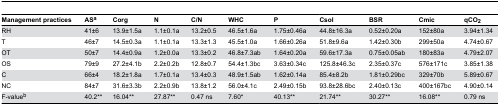
<table><thead><tr><td><b>Management practices</b></td><td><b>AS<sup>a</sup></b></td><td><b>Corg </b></td><td><b>N</b></td><td><b>C/N</b></td><td><b>WHC</b></td><td><b>P </b></td><td><b>Csol</b></td><td><b>BSR</b></td><td><b>Cmic </b></td><td><b>qCO<sub>2</sub></b></td></tr></thead><tbody><tr><td>RH</td><td>41±6</td><td>13.9±1.5a</td><td>1.1±0.1a</td><td>13.2±0.5</td><td>46.5±1.6a</td><td>1.75±0.46a</td><td>44.8±16.3a</td><td>0.52±0.20a</td><td>152±80a</td><td>3.94±1.34</td></tr><tr><td>T</td><td>46±7</td><td>14.5±0.3a</td><td>1.1±0.1a</td><td>13.3±1.3</td><td>45.5±1.0a</td><td>1.66±0.26a</td><td>51.8±9.6a</td><td>1.42±0.30b</td><td>299±50a</td><td>4.74±0.67</td></tr><tr><td>OT</td><td>50±7</td><td>14.4±0.9a</td><td>1.2±0.0a</td><td>13.3±0.2</td><td>46.8±7.3ab</td><td>1.64±0.20a</td><td>59.6±17.3a</td><td>0.75±0.05ab</td><td>180±83a</td><td>4.79±2.07</td></tr><tr><td>OS</td><td>79±9</td><td>27.2±4.1b</td><td>2.2±0.2b</td><td>12.8±0.7</td><td>54.4±1.3bc</td><td>3.63±0.34c</td><td>125.8±46.3c</td><td>2.35±0.37c</td><td>576±171c</td><td>3.85±1.38</td></tr><tr><td>C</td><td>66±4</td><td>18.2±1.8a</td><td>1.7±0.1a</td><td>13.4±0.3</td><td>48.9±1.5ab</td><td>1.62±0.14a</td><td>85.4±8.2b</td><td>1.81±0.29bc</td><td>329±70b</td><td>5.89±0.67</td></tr><tr><td>NC</td><td>84±7</td><td>31.6±3.3b</td><td>2.2±0.9b</td><td>13.8±1.2</td><td>56.0±4.1c</td><td>2.49±0.15b</td><td>93.8±28.6bc</td><td>2.40±0.13c</td><td>400±167bc</td><td>4.90±0.14</td></tr><tr><td>F-value<sup>b</sup></td><td>40.2**</td><td>16.04**</td><td>27.87**</td><td>0.47 ns</td><td>7.60*</td><td>40.13**</td><td>21.74**</td><td>30.27**</td><td>16.08**</td><td>0.79 ns</td></tr></tbody></table>